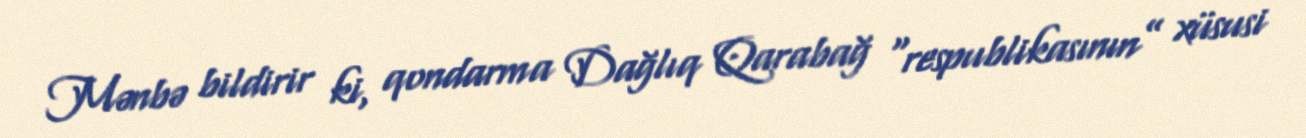
Mənbə bildirir ki, qondarma Dağlıq Qarabağ “respublikasının” xüsusi